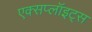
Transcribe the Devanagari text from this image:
एक्सप्लॉइट्स